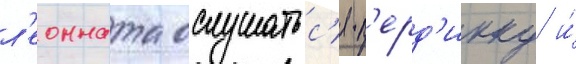
л'еонната ослушатьс'я п'ерд'икку и́